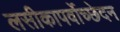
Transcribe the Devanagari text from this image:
लसीकापर्वोच्छेदन